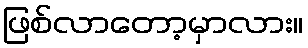
ဖြစ်လာတော့မှာလား။